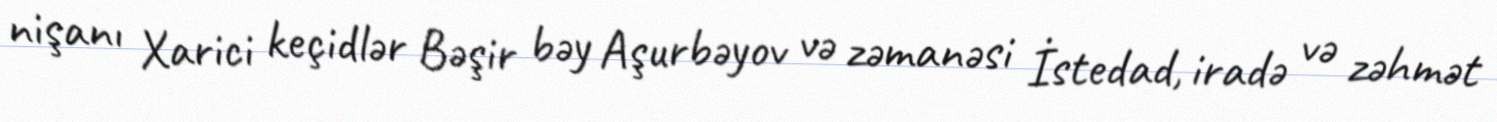
nişanı Xarici keçidlər Bəşir bəy Aşurbəyov və zəmanəsi İstedad, iradə və zəhmət